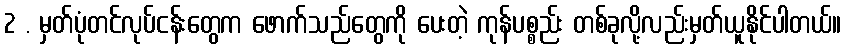
2 . မှတ်ပုံတင်လုပ်ငန်းတွေက ဖောက်သည်တွေကို ပေးတဲ့ ကုန်ပစ္စည်း တစ်ခုလို့လည်းမှတ်ယူနိုင်ပါတယ်။